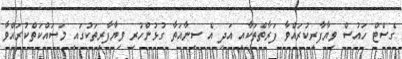
ގެސްޓް ހައުސް ވިޔާފާރިކުރައްވާ ފަރާތްތަކާއި އަދި އެ ސިނާއަތާ ގުޅުންހުރި ވިޔާފާރިތަކުގައި މަސައްކަތްކުރައްވާ